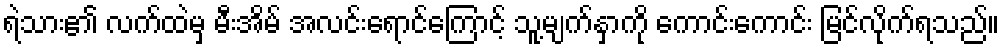
ရဲသား၏ လက်ထဲမှ မီးအိမ် အလင်းရောင်ကြောင့် သူ့မျက်နှာကို ကောင်းကောင်း မြင်လိုက်ရသည်။